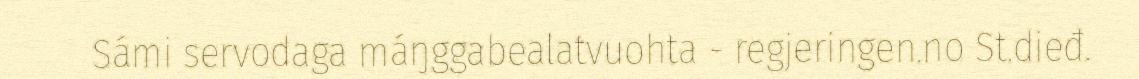
Sámi servodaga máŋggabealatvuohta - regjeringen.no St.dieđ.